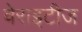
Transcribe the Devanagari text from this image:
वेराइटीज